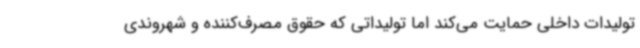
تولیدات داخلی حمایت می‌کند اما تولیداتی که حقوق مصرف‌کننده و شهروندی